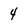
Character: 4